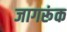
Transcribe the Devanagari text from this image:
जागरूंक